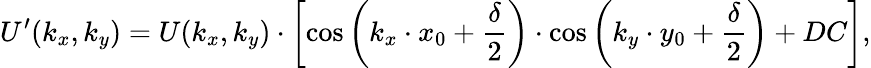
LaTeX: U^{\prime}(k_{x},k_{y})=U(k_{x},k_{y})\cdot\left[\cos\left(k_{x}\cdot x_{0}+\frac\delta 2\right)\cdot\cos\left(k_{y}\cdot y_{0}+\frac\delta 2\right)+DC\right],